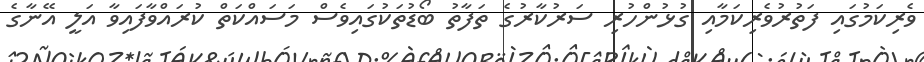
ވެރިކަމުގައި ފަތުރުވެރިކަމާއި ގުޅުންހުރި ސަރުކާރުގެ ތަފާތު ބޯޑުތަކުގައިވެސް މަސައްކަތް ކުރައްވާފައިވާ އަލީ އޭނާގެ